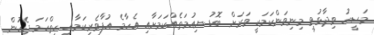
މަސީހު ވިދާޅުވީ މިނިވަންކަމަކީ ވަރަށް ބޮޑު ނިއުމަތެއްކަމަށާއި އެހާމެ އުފާވެރިކަމާއި ހިތްހަމަ ޖެހުން